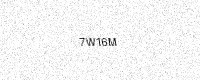
Text: 7W16M